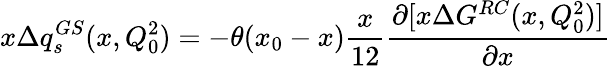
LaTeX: x\Delta q_{s}^{GS}(x,Q_{0}^{2})=-\theta(x_{0}-x)\frac{x}{12}\frac{\partial[x\Delta G^{RC}(x,Q_{0}^{2})]}{\partial x}